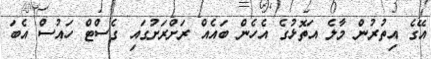
އޭގެ އިތުރުން މާލެ އަތޮޅުގެ އެހެން ބައެއް ރަށްރަށުގައި ގެސްޓް ހައުސް އެބަ